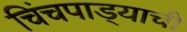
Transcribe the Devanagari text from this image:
चिंचपाड्याची